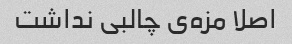
اصلا مزه‌ی چالبی نداشت